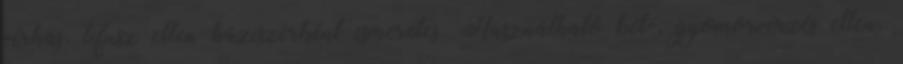
vérhas, tífusz ellen háziszerként ismeretes. Használható bél-, gyomorvérzés ellen.